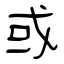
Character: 或